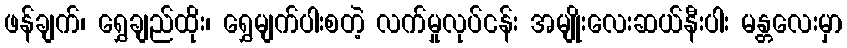
ဖန်ချက်၊ ရွှေချည်ထိုး၊ ရွှေမျက်ပါးစတဲ့ လက်မှုလုပ်ငန်း အမျိုးလေးဆယ်နီးပါး မန္တလေးမှာ